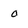
Character: 0